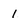
Character: 1